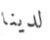
لدينا